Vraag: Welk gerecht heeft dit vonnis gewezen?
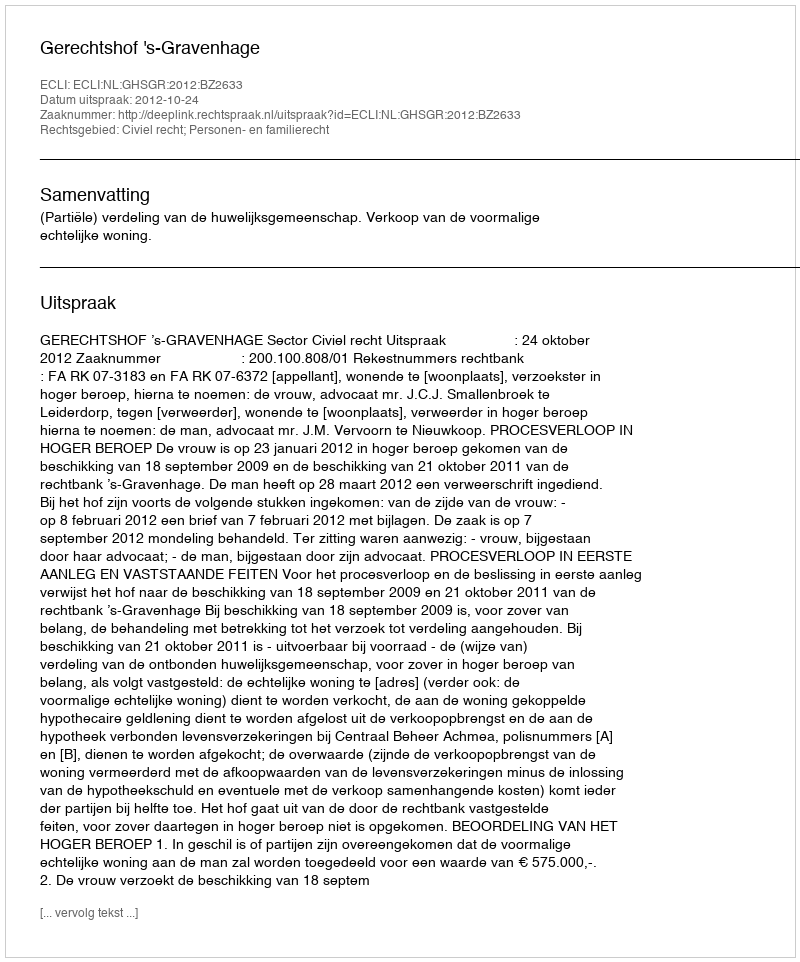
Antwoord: Gerechtshof 's-Gravenhage